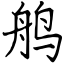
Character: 鸼